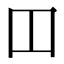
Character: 𫩏